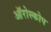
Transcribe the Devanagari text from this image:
ऑरोस्कोप